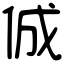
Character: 𠉛